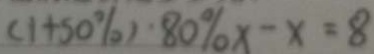
( 1 + 5 0 \% ) \cdot 8 0 \% x - x = 8